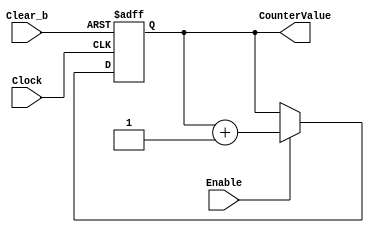
module part1(Clock, Enable, Clear_b, CounterValue);
	input Clock, Enable, Clear_b;
	output reg [7:0] CounterValue;
	always @(posedge Clock, negedge Clear_b)
		begin
			if(Clear_b==0)
				CounterValue<=0;
			else if(Enable==1)
				CounterValue<=CounterValue+1;
		end
endmodule